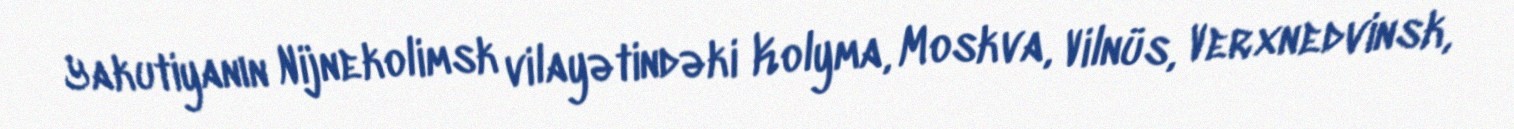
Yakutiyanın Nijnekolimsk vilayətindəki Kolyma, Moskva, Vilnüs, Verxnedvinsk,